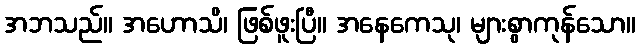
အဘသည်။ အဟောသိ၊ ဖြစ်ဖူးပြီ။ အနေကေသု၊ များစွာကုန်သော။